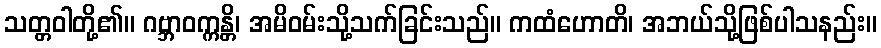
သတ္တဝါတို့၏။ ဂဗ္ဘာဝက္ကန္တိ၊ အမိဝမ်းသို့သက်ခြင်းသည်။ ကထံဟောတိ၊ အဘယ်သို့ဖြစ်ပါသနည်း။